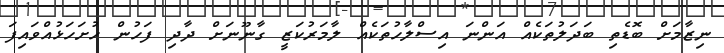
ނިޒާމަށް ބޮޑެތި ބަދަލުތަކެއް އަންނަ އިސްލާހުތަކެއް ލާމަރުކަޒީ ގާނޫނަށް ދާދި ފަހުން ހުށަހަޅުއްވައިފަ